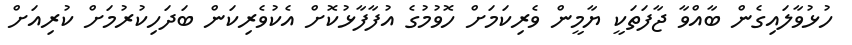
ހުޅުވާލައިގެން ބާއްވާ ޖާފަތަކީ ޔާމީން ވެރިކަމަށް ހޮވުމުގެ އުފާފާޅުކޮށް އެކުވެރިކަން ބަދަހިކުރުމަށް ކުރިއަށް